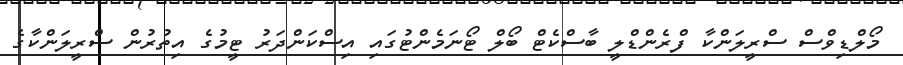
މޯލްޑިވްސް ސްރީލަންކާ ފްރެންޑްލީ ބާސްކެޓް ބޯލް ޓޯނަމެންޓުގައި އިސްކަންދަރު ޓީމުގެ އިތުރުން ސްރީލަންކާގެ